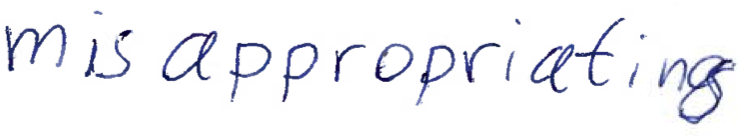
Text: misappropriating
Cross-out: clean
Writing tool: ballpoint